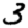
Digit: 3